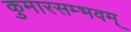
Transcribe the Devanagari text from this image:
कुमारसम्भवम्‌